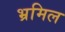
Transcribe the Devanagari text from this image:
भ्रमिल